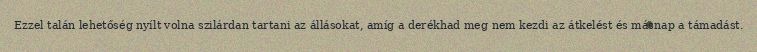
Ezzel talán lehetőség nyílt volna szilárdan tartani az állásokat, amíg a derékhad meg nem kezdi az átkelést és másnap a támadást.